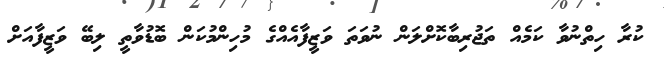
ކުރާ ހިތްނުވާ ކަމެއް ތަޖުރިބާކޮށްލަން ނުވަތަ ވަޒީފާއެއްގެ މުހިންމުކަން ބޮޑުވާތީ ލިބޭ ވަޒީފާއަށް